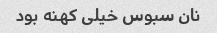
نان سبوس خیلی کهنه بود